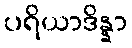
ပရိယာဒိန္နာ